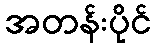
အတန်းပိုင်